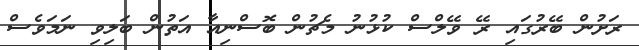
ރަށުން ބޭރުގައި ރޭ ވޭލްސް ކުޅުނު މެޗުން ބޮސްނިއާ އަތުން ބަލިވި ނަމަވެސް